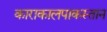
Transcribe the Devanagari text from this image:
काराकालपाकस्तान